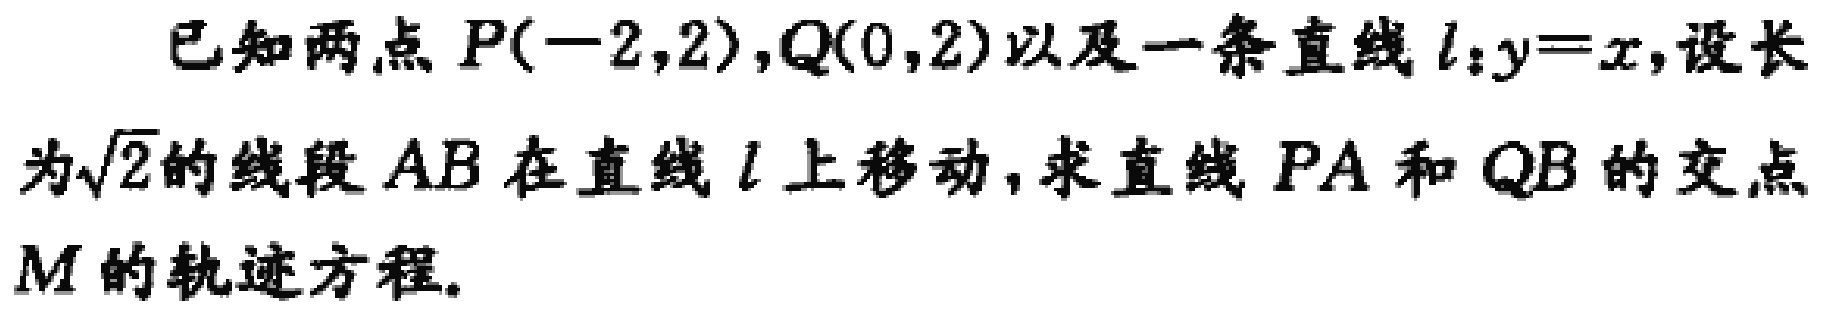
已知两点 \(P(-2,2)\)，\(Q(0,2)\)以及一条直线 \(l:y = x\)，设长为\(\sqrt{2}\)的线段 \(AB\)在直线 \(l\)上移动，求直线 \(PA\)和 \(QB\)的交点 \(M\)的轨迹方程。